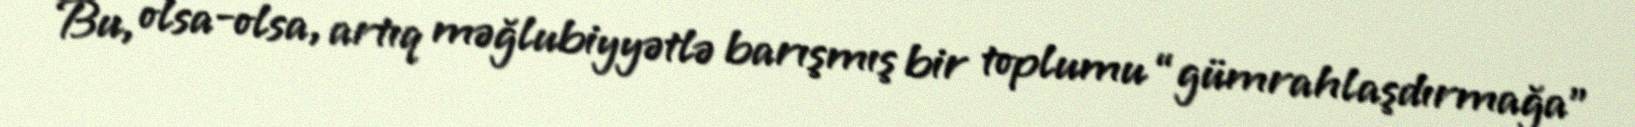
Bu, olsa-olsa, artıq məğlubiyyətlə barışmış bir toplumu “gümrahlaşdırmağa”